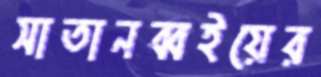
সাতানব্বইয়ের